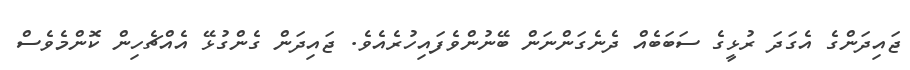
ޖައިދަންގެ އެގަދަ ރުޅީގެ ސަބަބެއް ދެނެގަންނަން ބޭނުންވެފައިހުރެއެވެ. ޖައިދަން ގެންގުޅޭ އެއްޗެހިން ކޮންމެވެސް